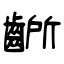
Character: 齭